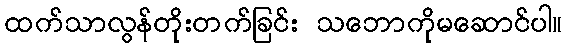
ထက်သာလွန်တိုးတက်ခြင်း သဘောကိုမဆောင်ပါ။